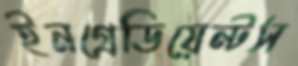
ইনগ্রেডিয়েন্টস